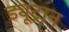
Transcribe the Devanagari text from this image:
ड्यूट्रान